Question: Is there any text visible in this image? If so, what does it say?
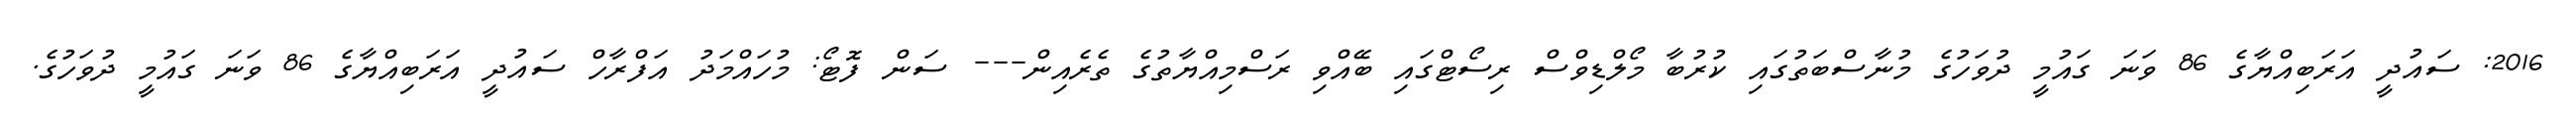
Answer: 2016: ސައުދީ އަރަބިއްޔާގެ 86 ވަނަ ގައުމީ ދުވަހުގެ މުނާސްބަތުގައި ކުރުބާ މޯލްޑިވްސް ރިސޯޓްގައި ބޭއްވި ރަސްމިއްޔާތުގެ ތެރެއިން--- ސަން ފޮޓޯ: މުހައްމަދު އަފްރާހް ސައުދީ އަރަބިއްޔާގެ 86 ވަނަ ގައުމީ ދުވަހުގެ.